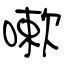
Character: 嗽